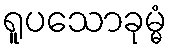
ရူပသောခုမ္မံ